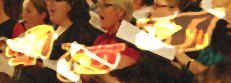
শ্রীতৈন্য